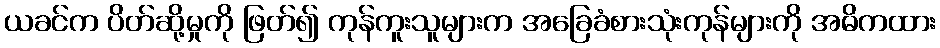
ယခင်က ပိတ်ဆို့မှုကို ဖြတ်၍ ကုန်ကူးသူများက အခြေခံစားသုံးကုန်များကို အဓိကထား